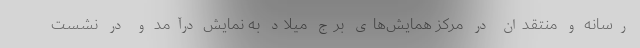
رسانه و منتقدان در مرکز همایش‌های برج میلاد به نمایش درآمد و در نشست